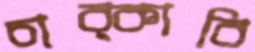
চাব্‌কাবি